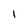
Character: l